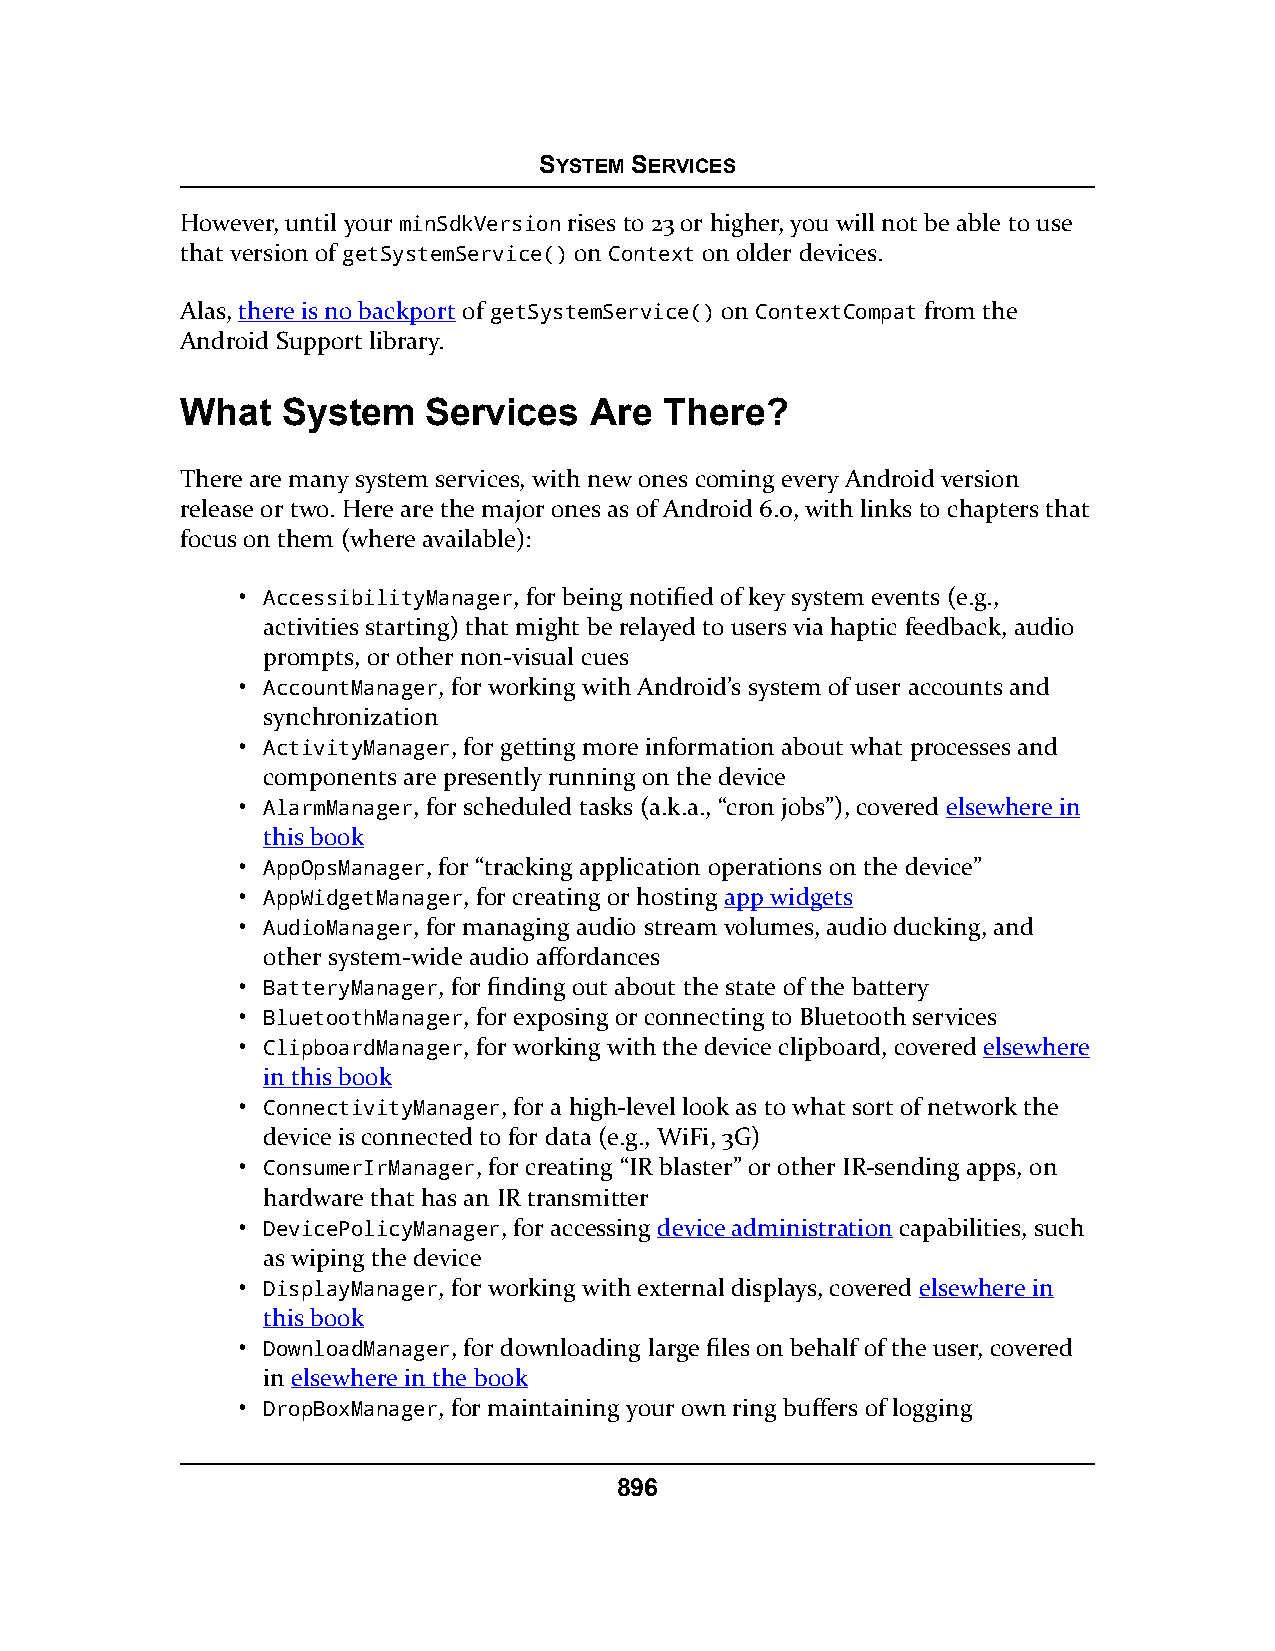
SYSTEM SERVICES
 However, until your minSdkVersion rises to 23 or higher, you will not be able to use
 that version of getSystemService() on Context on older devices.
 Alas, there is no backport of getSystemService() on ContextCompat from the
 Android Support library.
 What   System   Services   Are  There?
 There are many system services, with new ones coming every Android version
 release or two. Here are the major ones as of Android 6.0, with links to chapters that
 focus on them (where available):
 • AccessibilityManager, for being notified of key system events (e.g.,
 activities starting) that might be relayed to users via haptic feedback, audio
 prompts, or other non-visual cues
 • AccountManager, for working with Android’s system of user accounts and
 synchronization
 • ActivityManager, for getting more information about what processes and
 components are presently running on the device
 • AlarmManager, for scheduled tasks (a.k.a., “cron jobs”), covered elsewhere in
 this book
 • AppOpsManager, for “tracking application operations on the device”
 • AppWidgetManager, for creating or hosting app widgets
 • AudioManager, for managing audio stream volumes, audio ducking, and
 other system-wide audio affordances
 • BatteryManager, for finding out about the state of the battery
 • BluetoothManager, for exposing or connecting to Bluetooth services
 • ClipboardManager, for working with the device clipboard, covered elsewhere
 in this book
 • ConnectivityManager, for a high-level look as to what sort of network the
 device is connected to for data (e.g., WiFi, 3G)
 • ConsumerIrManager, for creating “IR blaster” or other IR-sending apps, on
 hardware that has an IR transmitter
 • DevicePolicyManager, for accessing device administration capabilities, such
 as wiping the device
 • DisplayManager, for working with external displays, covered elsewhere in
 this book
 • DownloadManager, for downloading large files on behalf of the user, covered
 in elsewhere in the book
 • DropBoxManager, for maintaining your own ring buffers of logging
 896